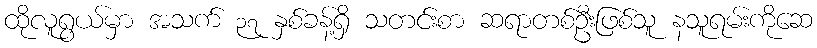
ထိုလူရွယ်မှာ အသက် ၃၇ နှစ်ခန့်ရှိ သတင်းစာ ဆရာတစ်ဦးဖြစ်သူ နသူရမ်းကိုဆေ